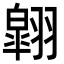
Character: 翶